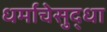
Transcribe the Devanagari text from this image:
धर्माचेसुद्धा